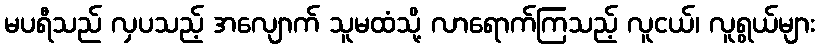
မပရီသည် လှပသည့် အလျောက် သူမထံသို့ လာရောက်ကြသည့် လူငယ်၊ လူရွယ်များ